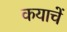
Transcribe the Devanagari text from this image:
कयाचें